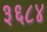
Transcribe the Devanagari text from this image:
३६८४